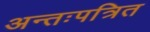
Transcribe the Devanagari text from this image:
अन्तःपत्रित